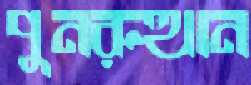
পুনরুত্থান